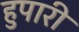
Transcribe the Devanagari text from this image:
हुपारी